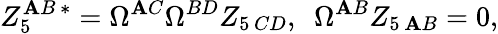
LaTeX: Z_{5}^{\mathbf{A}B\, *}=\Omega^{\mathbf{A}C}\Omega^{BD}Z_{5\, CD},\ \ \Omega^{\mathbf{A}B}Z_{5\, \mathbf{A}B}=0,